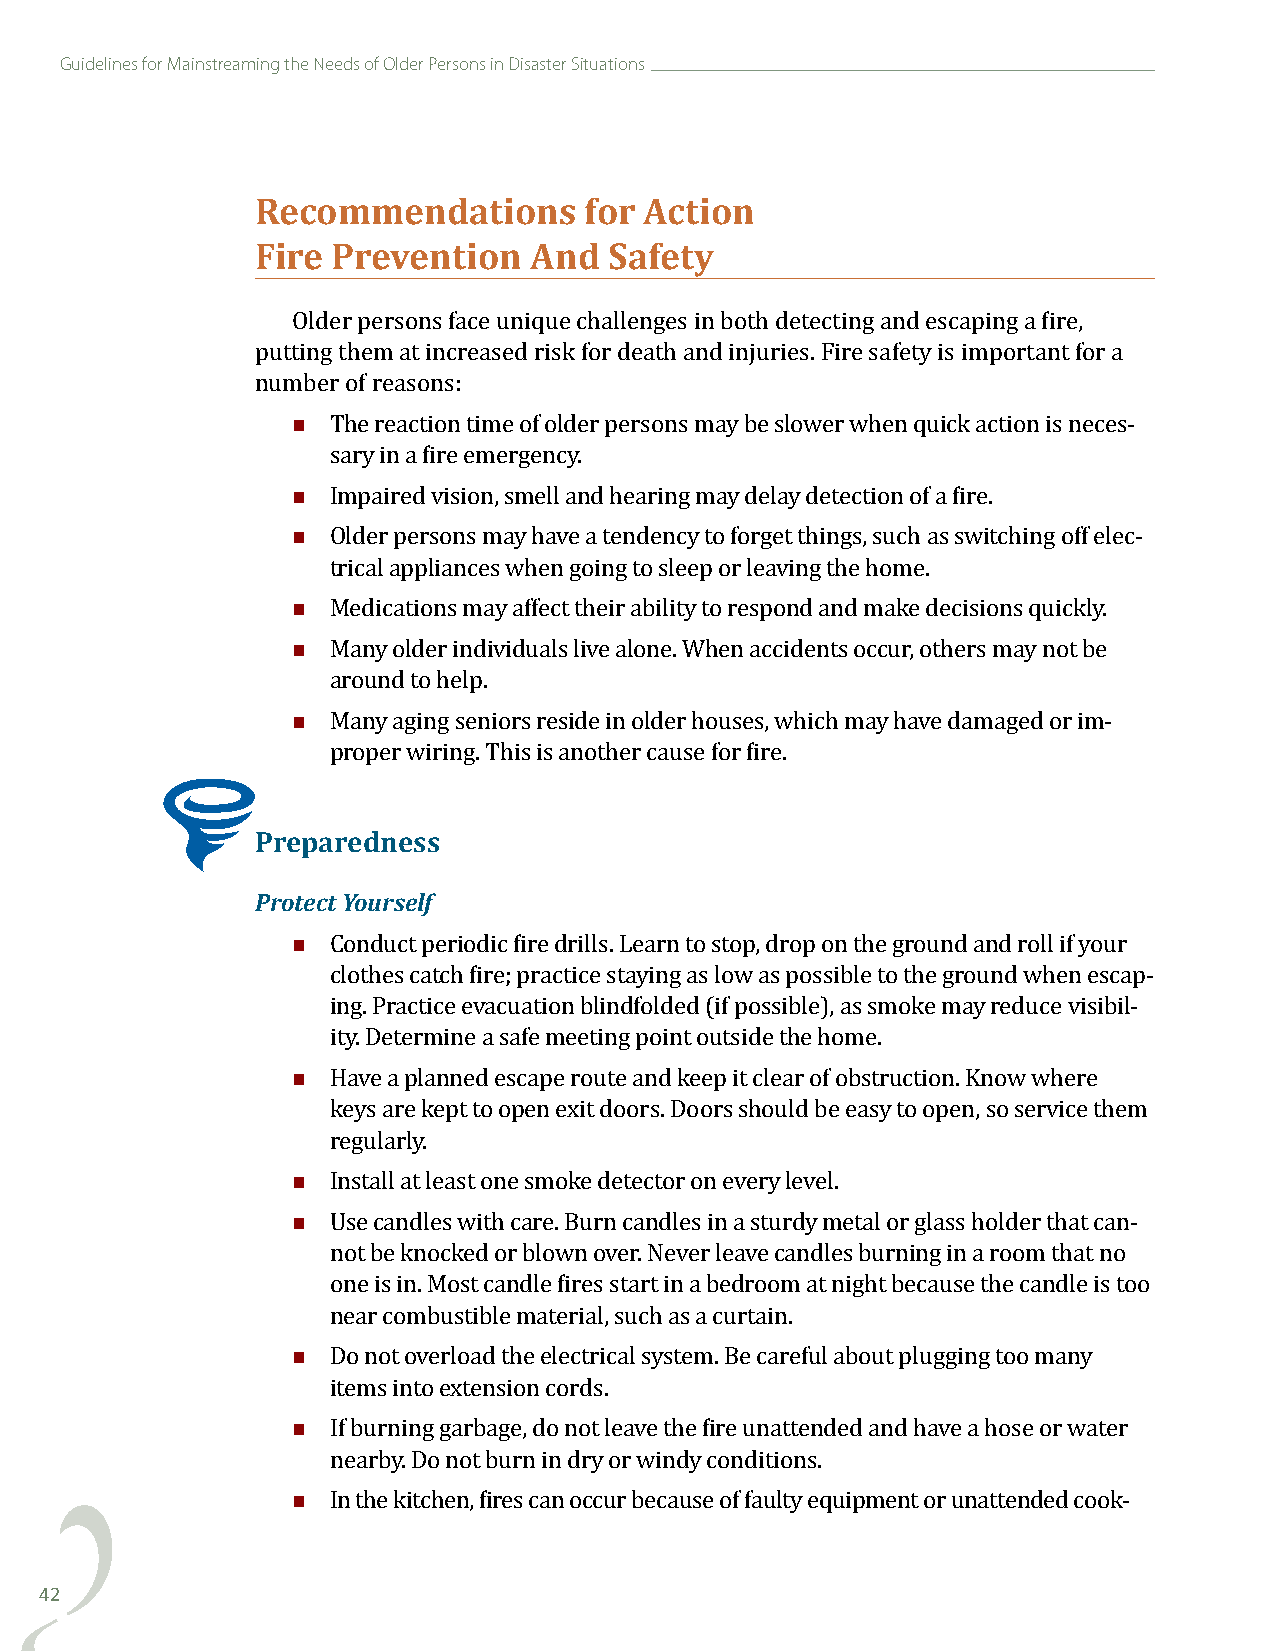
Guidelines for Mainstreaming the Needs of Older Persons in Disaster Situations
 Recommendations       for Action
 Fire Prevention   And  Safety
 Older persons face unique challenges in both detecting and escaping a fire,
 putting them at increased risk for death and injuries. Fire safety is important for a
 
 number of reasons:
 The reaction time of older persons may be slower when quick action is neces-
 
 sary in a fire emergency.
 
 Impaired vision, smell and hearing may delay detection of a fire.
 Older persons may have a tendency to forget things, such as switching off elec-
 
 trical appliances when going to sleep or leaving the home.
 
 Medications may affect their ability to respond and make decisions quickly.
 Many older individuals live alone. When accidents occur, others may not be
 
 around to help.
 Many aging seniors reside in older houses, which may have damaged or im-
 proper wiring. This is another cause for fire.
 Preparedness
 Protect Yourself
 
 Conduct periodic fire drills. Learn to stop, drop on the ground and roll if your
 clothes catch fire; practice staying as low as possible to the ground when escap-
 ing. Practice evacuation blindfolded (if possible), as smoke may reduce visibil-
 
 ity. Determine a safe meeting point outside the home.
 Have a planned escape route and keep it clear of obstruction. Know where
 keys are kept to open exit doors. Doors should be easy to open, so service them
 
 regularly.
 
 Install at least one smoke detector on every level.
 Use candles with care. Burn candles in a sturdy metal or glass holder that can-
 not be knocked or blown over. Never leave candles burning in a room that no
 one is in. Most candle fires start in a bedroom at night because the candle is too
 
 near combustible material, such as a curtain.
 Do not overload the electrical system. Be careful about plugging too many
 
 items into extension cords.
 If burning garbage, do not leave the fire unattended and have a hose or water
 
 nearby. Do not burn in dry or windy conditions.
 In the kitchen, fires can occur because of faulty equipment or unattended cook-
 42